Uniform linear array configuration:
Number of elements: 16
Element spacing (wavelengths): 0.25
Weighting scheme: uniform
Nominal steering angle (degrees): -45
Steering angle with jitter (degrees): -43.361
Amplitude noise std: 0.05
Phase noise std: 0.05

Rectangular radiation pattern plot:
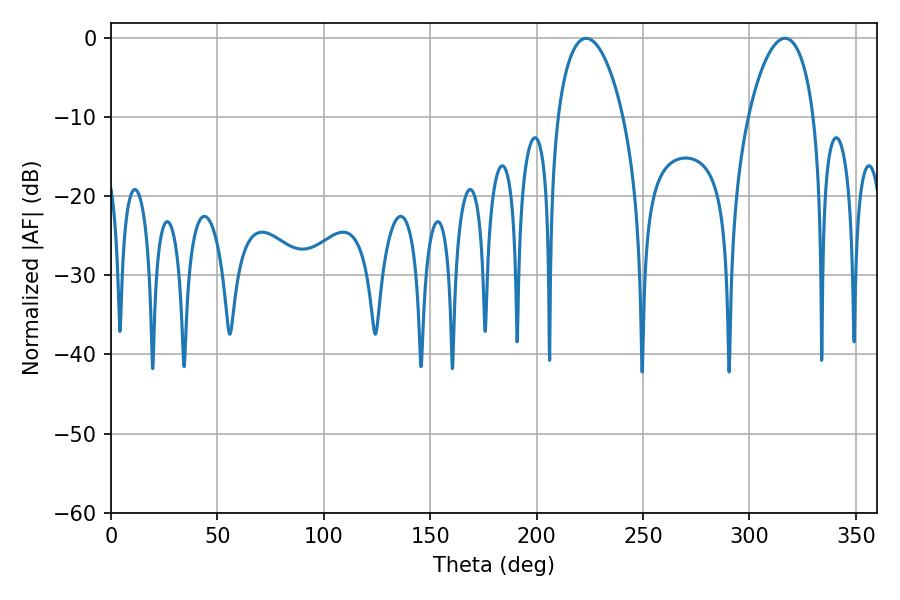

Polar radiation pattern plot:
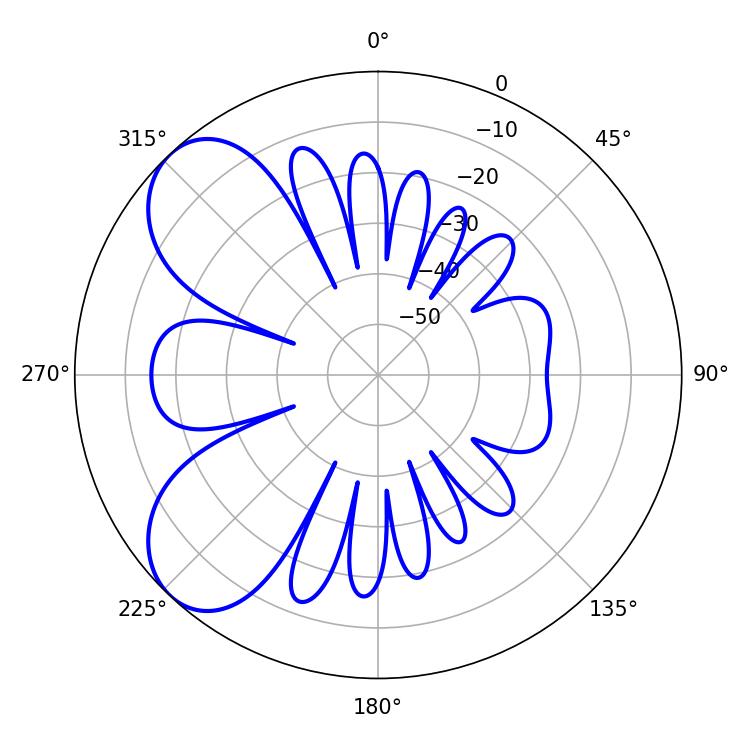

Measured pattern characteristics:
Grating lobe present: FALSE
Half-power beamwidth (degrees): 17.46
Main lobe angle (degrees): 223.2